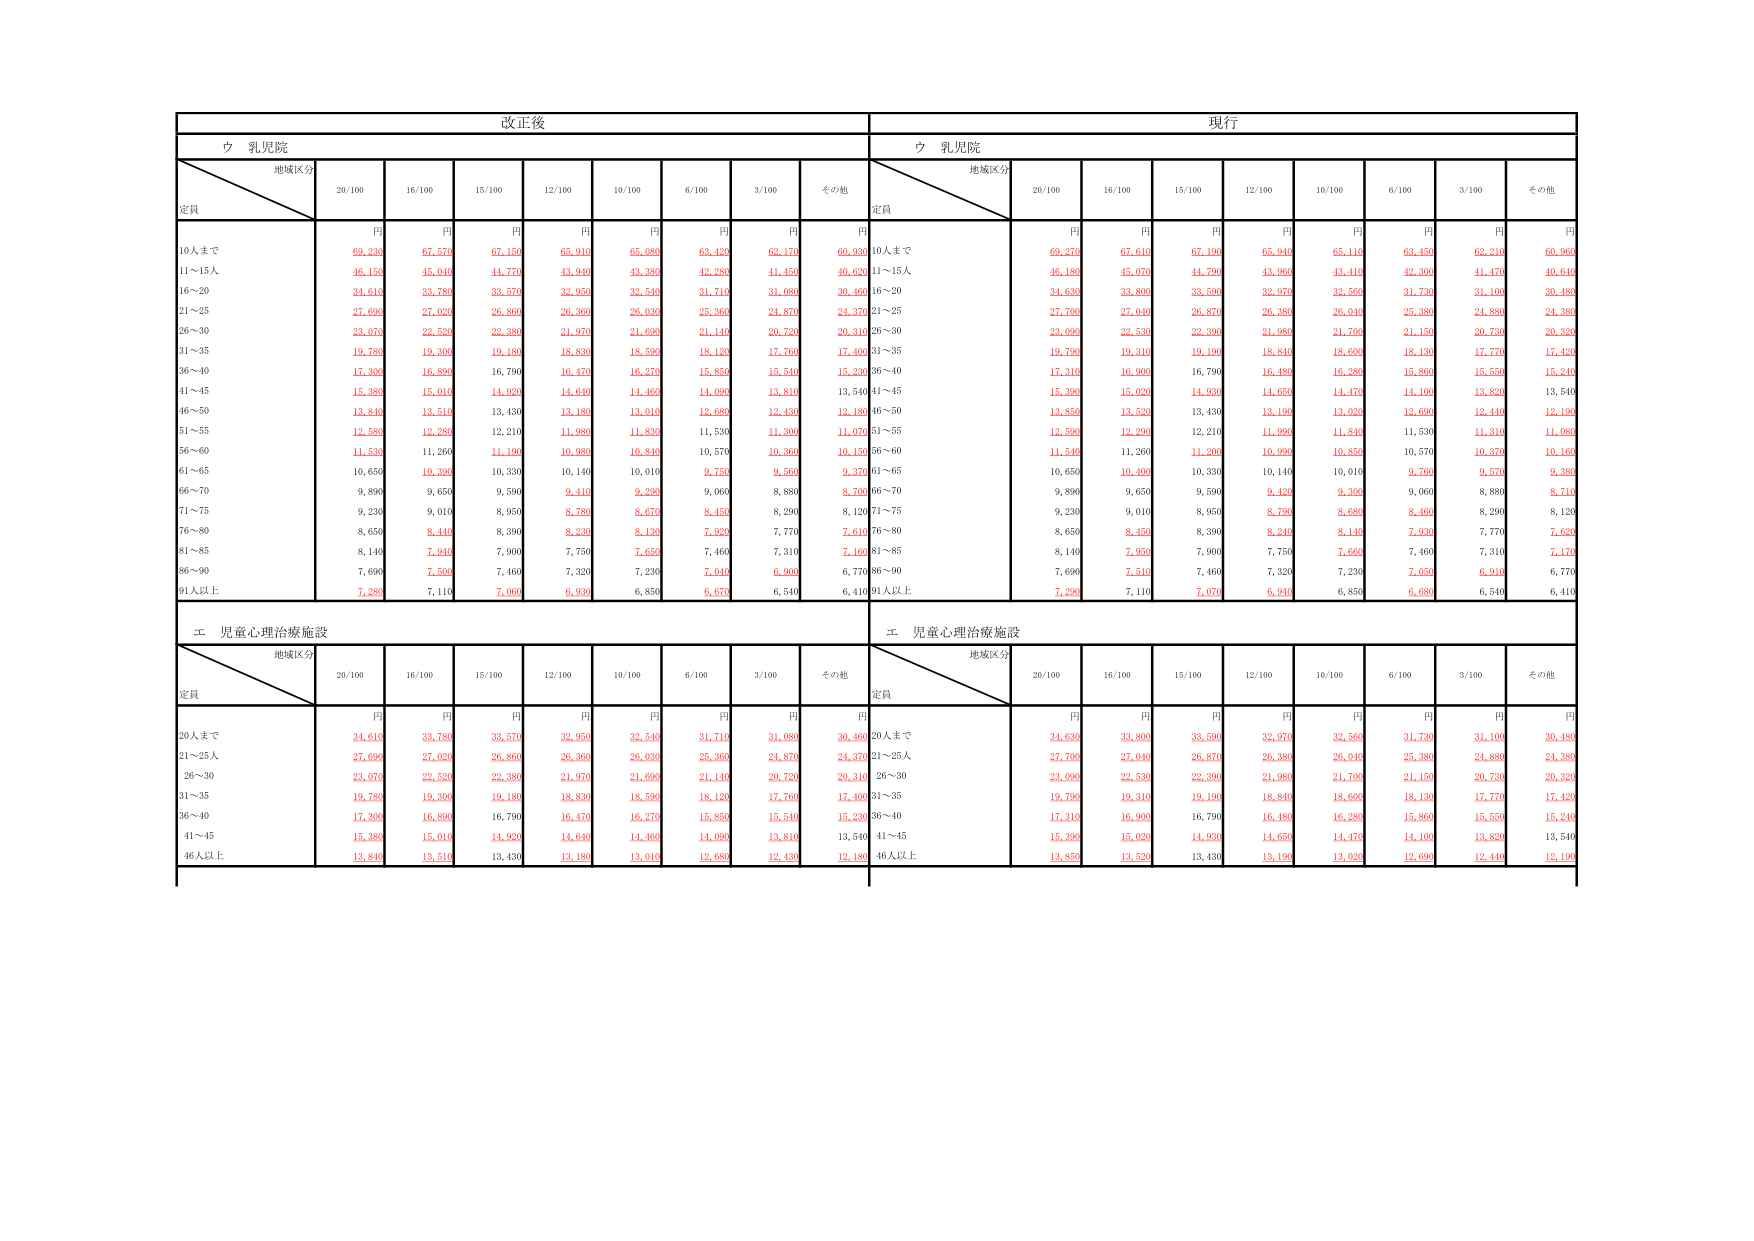
改正後
現行
ウ 乳児院
ウ 乳児院
地域区分
定員
20/100
16/100
15/100
12/100
10/100
6/100
3/100
その他
地域区分
定員
20/100
16/100
15/100
12/100
10/100
6/100
3/100
その他
円
円
円
円
円
円
円
円
円
円
円
円
円
円
円
円
円
円
10人まで
69,230
67,570
67,150
65,910
65,080
63,420
62,170
60,930
10人まで
69,270
67,610
67,190
65,940
65,110
63,450
62,210
60,960
11～15人
46,150
45,040
44,770
43,940
43,380
42,280
41,450
40,620
11～15人
46,180
45,070
44,790
43,960
43,410
42,300
41,470
40,640
16～20
34,610
33,780
33,570
32,950
32,540
31,710
31,080
30,460
16～20
34,630
33,800
33,590
32,970
32,560
31,730
31,100
30,480
21～25
27,690
27,020
26,860
26,360
26,030
25,360
24,870
24,370
21～25
27,700
27,040
26,870
26,380
26,040
25,380
24,880
24,380
26～30
23,070
22,530
22,380
21,970
21,690
21,140
20,720
20,310
26～30
23,090
22,530
22,390
21,980
21,700
21,150
20,730
20,320
31～35
19,780
19,300
19,180
18,830
18,590
18,120
17,760
17,400
31～35
19,790
19,310
19,190
18,840
18,600
18,130
17,770
17,420
36～40
17,300
16,890
16,790
16,470
16,270
15,850
15,540
15,230
36～40
17,310
16,900
16,790
16,480
16,280
15,860
15,550
15,240
41～45
15,380
15,010
14,920
14,640
14,460
14,090
13,810
13,540
41～45
15,390
15,020
14,930
14,650
14,470
14,100
13,820
13,540
46～50
13,840
13,510
13,430
13,180
13,010
12,680
12,430
12,180
46～50
13,850
13,520
13,430
13,190
13,020
12,690
12,440
12,190
51～55
12,580
12,280
12,210
11,980
11,830
11,530
11,300
11,070
51～55
12,590
12,290
12,210
11,990
11,840
11,530
11,310
11,080
56～60
11,530
11,260
11,190
10,980
10,840
10,570
10,360
10,150
56～60
11,540
11,260
11,200
10,990
10,850
10,570
10,370
10,160
61～65
10,650
10,390
10,330
10,140
10,010
9,750
9,560
9,370
61～65
10,650
10,400
10,330
10,140
10,010
9,760
9,570
9,380
66～70
9,890
9,650
9,590
9,410
9,290
9,060
8,880
8,700
66～70
9,890
9,650
9,590
9,420
9,300
9,060
8,880
8,710
71～75
9,230
9,010
8,950
8,780
8,670
8,450
8,290
8,120
71～75
9,230
9,010
8,950
8,790
8,680
8,460
8,290
8,120
76～80
8,650
8,440
8,390
8,230
8,130
7,920
7,770
7,610
76～80
8,650
8,450
8,390
8,240
8,140
7,930
7,770
7,620
81～85
8,140
7,940
7,900
7,750
7,650
7,460
7,310
7,160
81～85
8,140
7,950
7,900
7,750
7,660
7,460
7,310
7,170
86～90
7,690
7,500
7,460
7,320
7,230
7,040
6,900
6,770
86～90
7,690
7,510
7,460
7,320
7,230
7,050
6,910
6,770
91人以上
7,280
7,110
7,060
6,930
6,850
6,670
6,540
6,410
91人以上
7,280
7,110
7,070
6,940
6,850
6,680
6,540
6,410
エ 児童心理治療施設
エ 児童心理治療施設
地域区分
定員
20/100
16/100
15/100
12/100
10/100
6/100
3/100
その他
地域区分
定員
20/100
16/100
15/100
12/100
10/100
6/100
3/100
その他
円
円
円
円
円
円
円
円
円
円
円
円
円
円
円
円
円
円
20人まで
34,610
33,780
33,570
32,950
32,540
31,710
31,080
30,460
20人まで
34,630
33,800
33,590
32,970
32,560
31,730
31,100
30,480
21～25人
27,690
27,020
26,860
26,360
26,030
25,360
24,870
24,370
21～25人
27,700
27,040
26,870
26,380
26,040
25,380
24,880
24,380
26～30
23,070
22,530
22,380
21,970
21,690
21,140
20,720
20,310
26～30
23,090
22,530
22,390
21,980
21,700
21,150
20,730
20,320
31～35
19,780
19,300
19,180
18,830
18,590
18,120
17,760
17,400
31～35
19,790
19,310
19,190
18,840
18,600
18,130
17,770
17,420
36～40
17,300
16,890
16,790
16,470
16,270
15,850
15,540
15,230
36～40
17,310
16,900
16,790
16,480
16,280
15,860
15,550
15,240
41～45
15,380
15,010
14,920
14,640
14,460
14,090
13,810
13,540
41～45
15,390
15,020
14,930
14,650
14,470
14,100
13,820
13,540
46人以上
13,840
13,510
13,430
13,180
13,010
12,680
12,430
12,180
46人以上
13,850
13,520
13,430
13,190
13,020
12,690
12,440
12,190